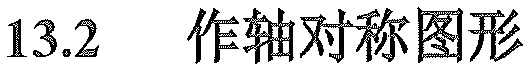
$13.2$  作轴对称图形